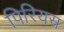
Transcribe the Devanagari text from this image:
पिरियस